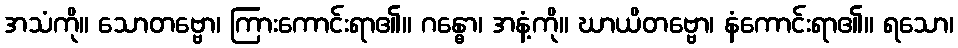
အသံကို။ သောတဗ္ဗော၊ ကြားကောင်းရာ၏။ ဂန္ဓော၊ အနံ့ကို။ ဃာယိတဗ္ဗော၊ နံကောင်းရာ၏။ ရသော၊